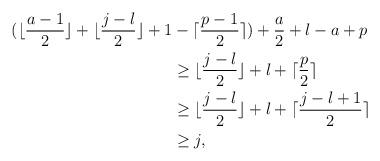
LaTeX: \begin{align*}\begin{aligned}(\lfloor\frac{a-1}{2}\rfloor+\lfloor\frac{j-l}{2}\rfloor+1&-\lceil\frac{p-1}{2}\rceil)+\frac{a}{2}+l-a+p\\&\geq \lfloor\frac{j-l}{2}\rfloor+l+\lceil\frac{p}{2}\rceil\\&\geq \lfloor\frac{j-l}{2}\rfloor+l+\lceil\frac{j-l+1}{2}\rceil\\&\geq j,\\\end{aligned}\end{align*}